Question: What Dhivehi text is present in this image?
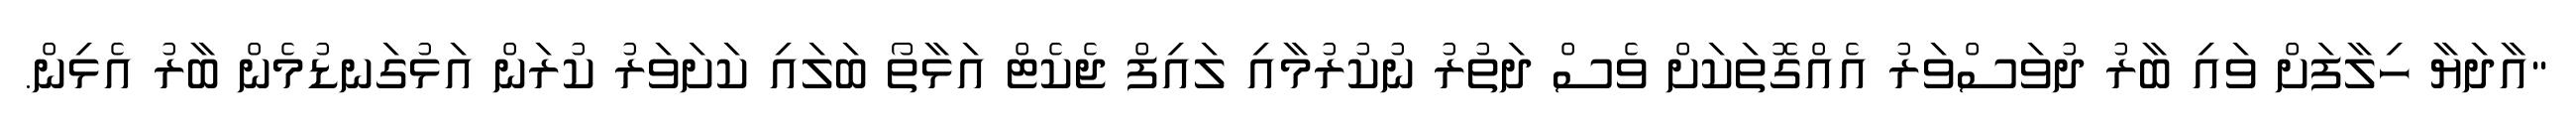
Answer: "އާދަޔާ ހިލާފަށް ވައި ބާރު ދުވަސްވަރު އެއްގޮތަކަށް ވެސް ދަތުރު ނުކުރުމާއި ލައިފް ޖެކެޓް އަޅާތޯ ބަލައި ކަށަވަރު ކުރަން އަޅުގަނޑުމެން ބާރު އެޅިން.